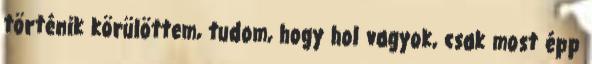
történik körülöttem, tudom, hogy hol vagyok, csak most épp